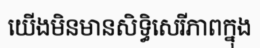
យើងមិនមានសិទ្ធិសេរីភាពក្នុង